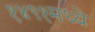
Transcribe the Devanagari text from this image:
१४९१मध्ये